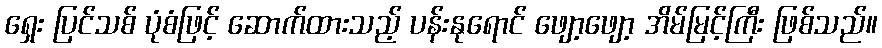
ရှေး ပြင်သစ် ပုံစံဖြင့် ဆောက်ထားသည့် ပန်းနုရောင် ဖျော့ဖျော့ အိမ်မြင့်ကြီး ဖြစ်သည်။